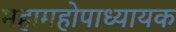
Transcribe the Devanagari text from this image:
महामहोपाध्यायक